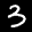
Label: 3